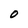
Character: O